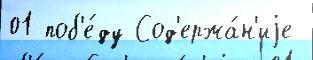
01 поб'е́ду Сод'ержа́н'иjе